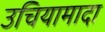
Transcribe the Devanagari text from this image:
उचियामादा